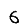
Digit: 6